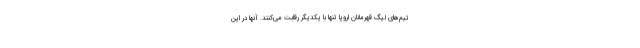
تیم‌های لیگ قهرمانان اروپا تنها با یکدیگر رقابت می‌کنند. آنها در این